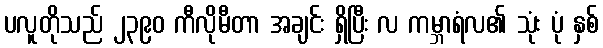
ပလူတိုသည် ၂၃၉၀ ကီလိုမီတာ အချင်း ရှိပြီး လ ကမ္ဘာရံလ၏ သုံး ပုံ နှစ်